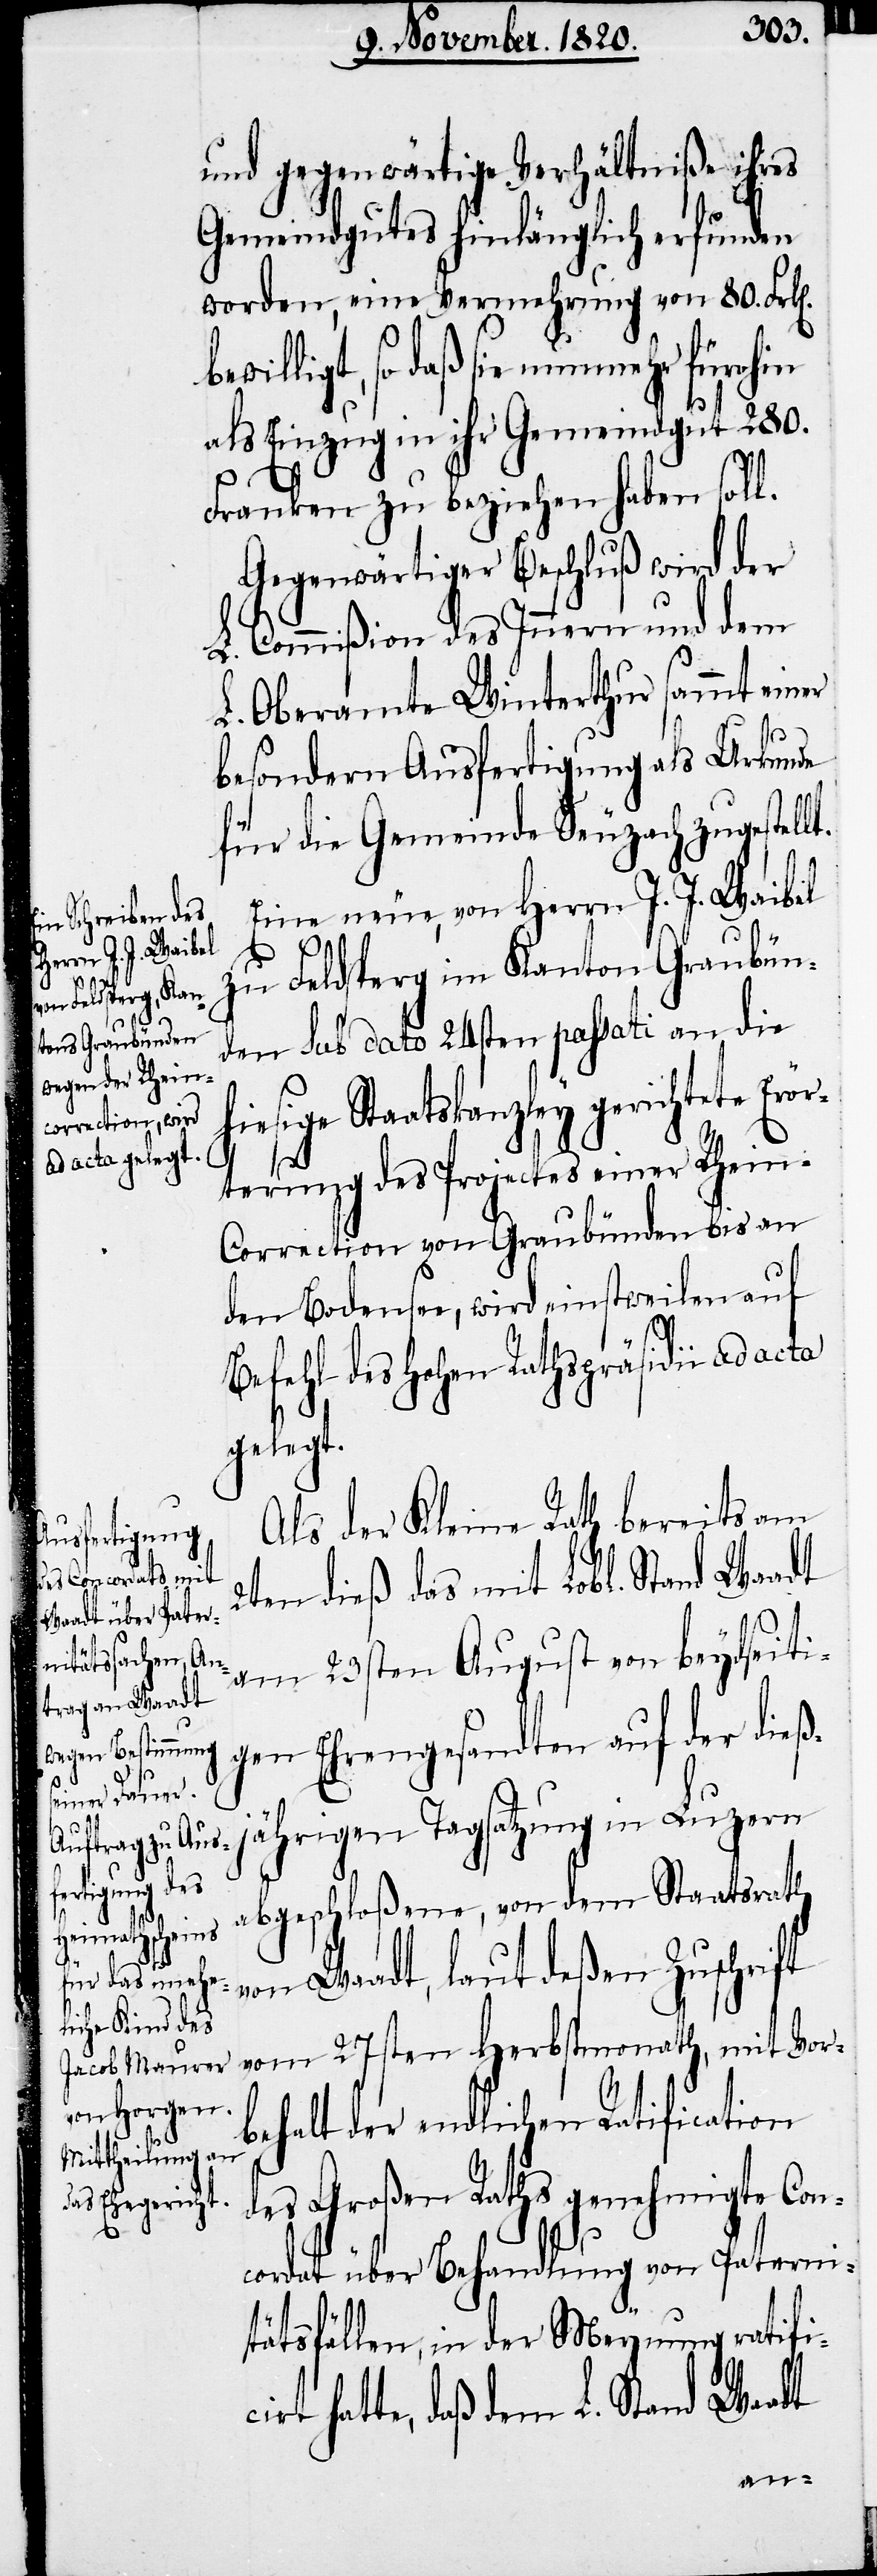
bew¬

ad acta gelegt.

und gegenwärtige Verhältniße ihres
Gemeindgutes hinlänglich erfunden
worden, eine Vermehrung von 80. Frk[e¬
illigt, so daß sie nunmehr fürohin
als Einzug in ihr Gemeindgut 280.
Franken zu beziehen haben soll.
Gegenwärtiger Beschluß wird der
L. Commißion des Innern und dem
L. Oberamte Winterthur sammt einer
besondern Ausfertigung als Urkunde
für die Gemeinde Seuzach zugestell¬
Eine neue, von Herrn J. J. Waibel
zu Feldsperg im Kanton Graubün¬
den sub dato 24sten passati an die
iesige Staatskanzley gerichtete Erör¬
h¬
terung des Projectes einer Rhei¬
n-Correction von Graubünden bis an
den Bodensee, wird einstweilen auf
Befehl des hohen Rathspräsidii
Als der Kleine Rath bereits am
2ten dieß mit Lobl. Stand Waadt
am 23sten August von beydseiti¬
gen Ehrengesandten auf der dießj¬
t.
ährigen Tagsatzung in Luzern
abgeschloßene, von dem Staatsrath
von Waadt, laut deßen Zuschrift
vom 27sten Herbstmonath, mit Vor¬
behalt der endlichen Ratification
des Großen Raths genehmigte Co¬
ncordat über Behandlung von Paterni¬
tätsfällen, in der Meynung ratific¬
irt hatte, daß dem L. Stand Waadt